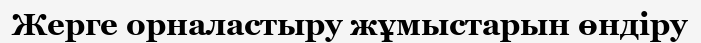
Жерге орналастыру жұмыстарын өндіру